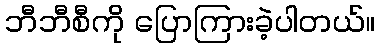
ဘီဘီစီကို ပြောကြားခဲ့ပါတယ်။